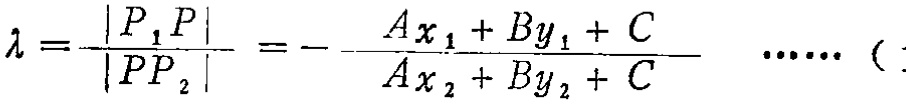
\(\lambda =\frac {|P_{1}P|}{|PP_{2}|}=-\frac {Ax_{1}+By_{1}+C}{Ax_{2}+By_{2}+C}\ \cdots \cdots (\)